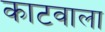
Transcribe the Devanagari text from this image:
काटवाला